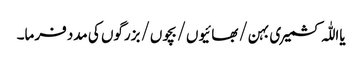
یااللّٰہ کشمیری بہن/بھائیوں/بچوں/بزرگوں کی مدد فرما۔